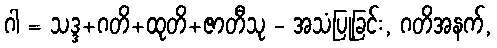
ဂါ = သဒ္ဒ+ဂတိ+ထုတိ+ဇာတီသု - အသံပြုခြင်း, ဂတိအနက်,